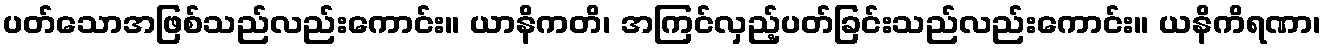
ပတ်သောအဖြစ်သည်လည်းကောင်း။ ယာနိကတိ၊ အကြင်လှည့်ပတ်ခြင်းသည်လည်းကောင်း။ ယနိကိရဏာ၊